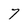
Character: 7